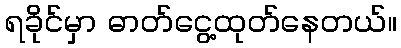
ရခိုင်မှာ ဓာတ်ငွေ့ထုတ်နေတယ်။